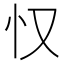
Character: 𱝽